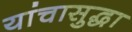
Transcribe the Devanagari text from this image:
यांचासुद्धा